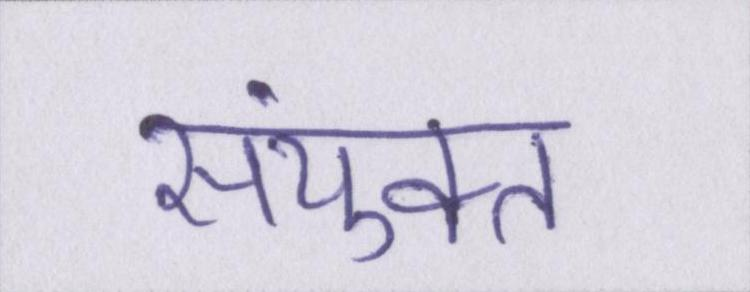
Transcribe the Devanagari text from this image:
संयुक्त